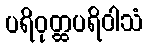
ပရိဝုတ္ထပရိဝါသံ